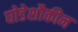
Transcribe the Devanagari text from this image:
घोडेशौकीन